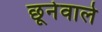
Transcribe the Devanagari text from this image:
छूनेवाले